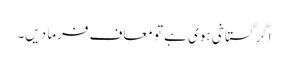
اگر گستاخی ہوی ہے تو معاف فرما دیں۔